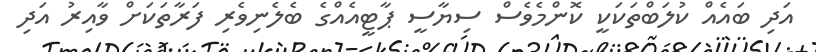
އަދި ބައެއް ކުލަބްތަކަކީ ކޮންމެވެސް ސިޔާސީ ޕާޓީއެއްގެ ބެލެނިވެރި ފަރާތަކަށް ވާއިރު އަދި